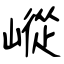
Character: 嵷